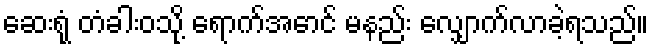
ဆေးရုံ တံခါးဝသို့ ရောက်အောင် မနည်း လျှောက်လာခဲ့ရသည်။